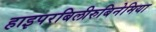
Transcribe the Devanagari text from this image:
हाइपरबिलीरुबिनेमिया